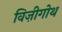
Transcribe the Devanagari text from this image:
विज़ीगोथ